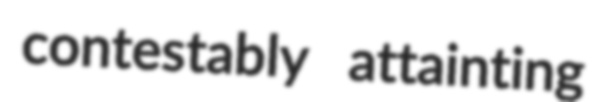
contestably attainting